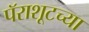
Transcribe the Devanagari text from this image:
पॅराशूटच्या